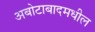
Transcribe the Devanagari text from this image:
अबोटाबादमधील